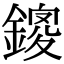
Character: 鎫